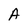
Character: A